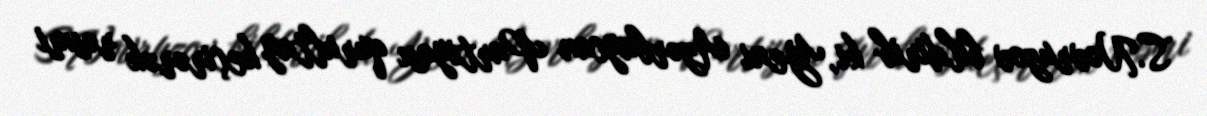
S.Novruzov bildirib ki, Yeni Azərbaycan Partiyası qurultay keçirərək rəsmi